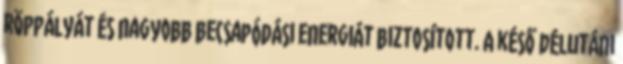
röppályát és nagyobb becsapódási energiát biztosított. A késő délutáni